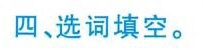
四、选词填空。